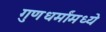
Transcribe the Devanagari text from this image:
गुणधर्मांमध्ये